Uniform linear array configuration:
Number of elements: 24
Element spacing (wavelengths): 1
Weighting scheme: uniform
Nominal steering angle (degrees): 0
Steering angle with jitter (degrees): -0.8272
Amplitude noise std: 0.05
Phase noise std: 0.05

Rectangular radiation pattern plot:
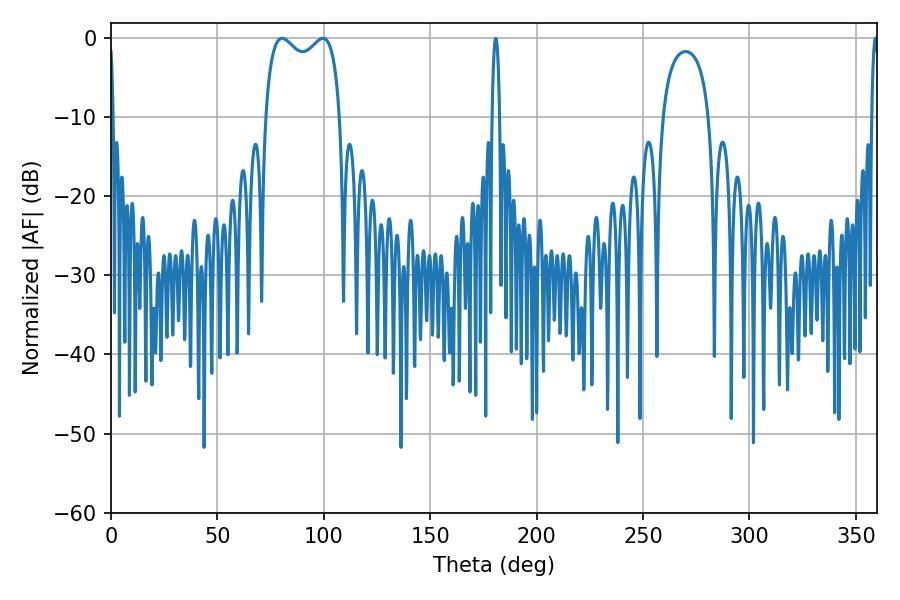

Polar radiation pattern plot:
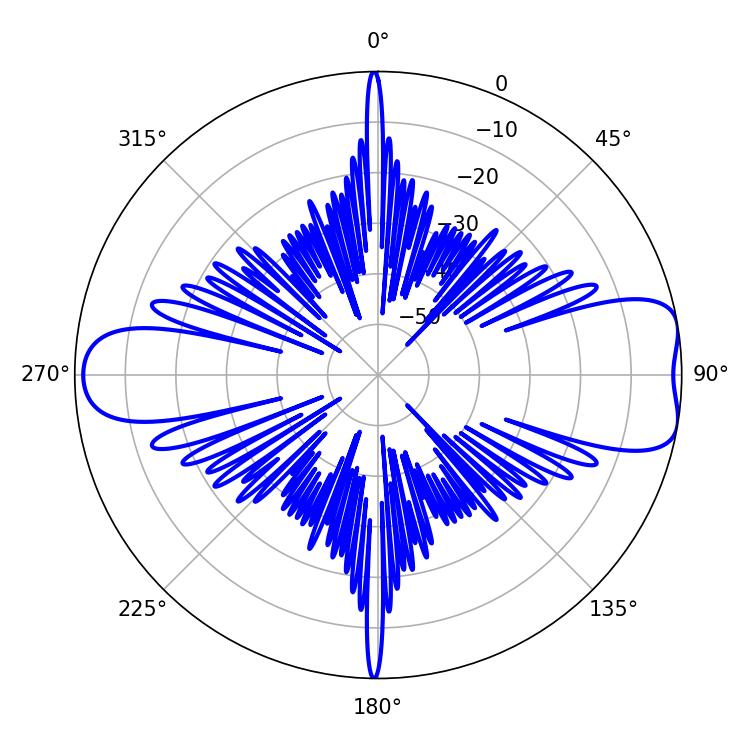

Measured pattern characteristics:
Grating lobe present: TRUE
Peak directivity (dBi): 8.727
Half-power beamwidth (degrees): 29.16
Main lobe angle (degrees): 80.46